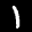
Label: 1